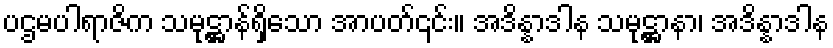
ပဌမပါရာဇိက သမုဋ္ဌာန်ရှိသော အာပတ်၎င်း။ အဒိန္နာဒါန သမုဋ္ဌာနာ၊ အဒိန္နာဒါန